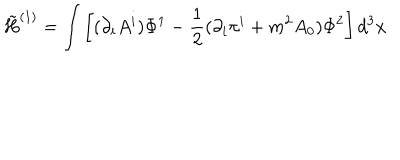
\tilde { H } ^ { ( 1 ) } = \int \left[ ( \partial _ { i } A ^ { i } ) \Phi ^ { 1 } - \frac { 1 } { 2 } ( \partial _ { i } \pi ^ { i } + m ^ { 2 } A _ { 0 } ) \Phi ^ { 2 } \right] d ^ { 3 } x